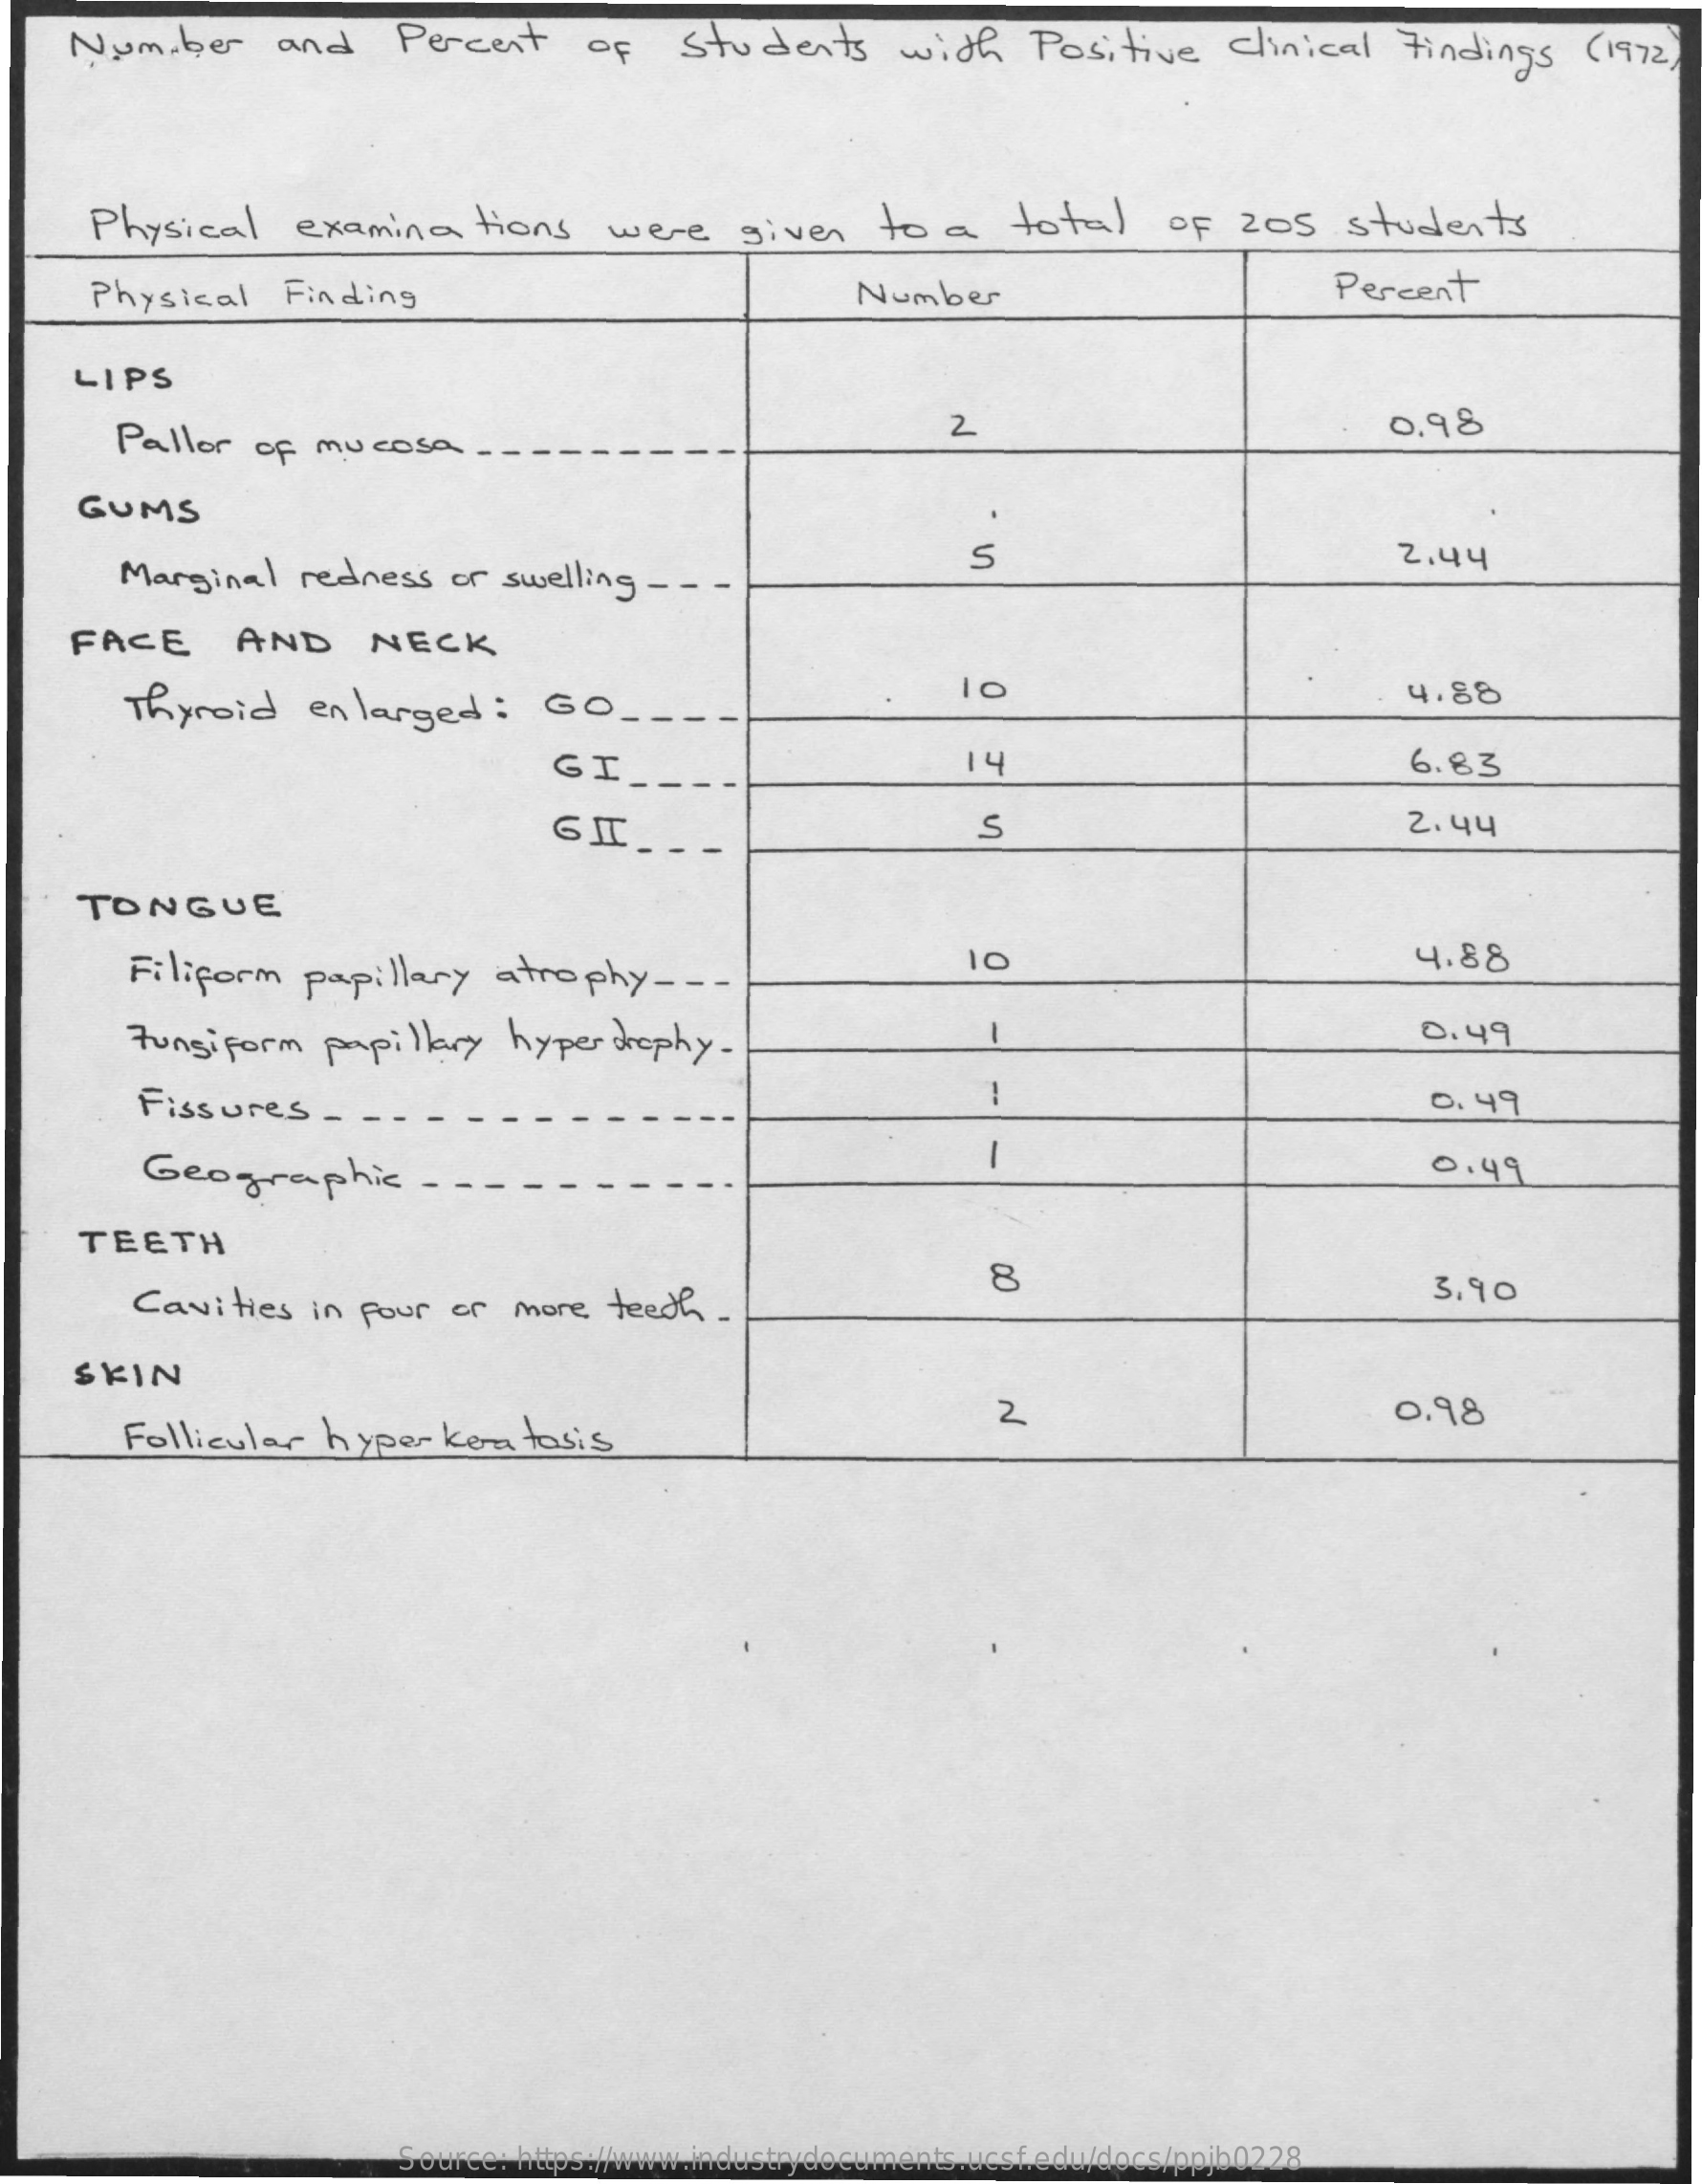
Number and  Percent of Students with Positive Clinical Findings (1972)
    Physical examinations were given to a total of 205 students
    Physical Finding    Number    Percent
   LIPS
     Pallor of mucosa ..
     2    0,98
   GUMS
     Marginal redness or swelling - -
     S    2.44
   FACE  AND  NECK
     Thyroid enlarged : GO_
     4.88
     GI    14    6.83
     GII ...    S    2.44
   TONGUE
     Filiform papillary atrophy - --
     10    4.88
     0.49
     -
     Fungiform papillary hypertrophy.
     Fissures - --
     1    0. 49
     -
     Geographic -    0.49
   TEETH
     Cavities in four or more teeth.
     8    3.90
   SKIN
     Follicular hyper keratosis
     2    0,98
     Source: https://www.industrydocuments.ucsf.edu/docs/ppjb0228